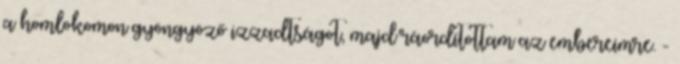
a homlokomon gyöngyöző izzadtságot, majd ráordítottam az embereimre. -